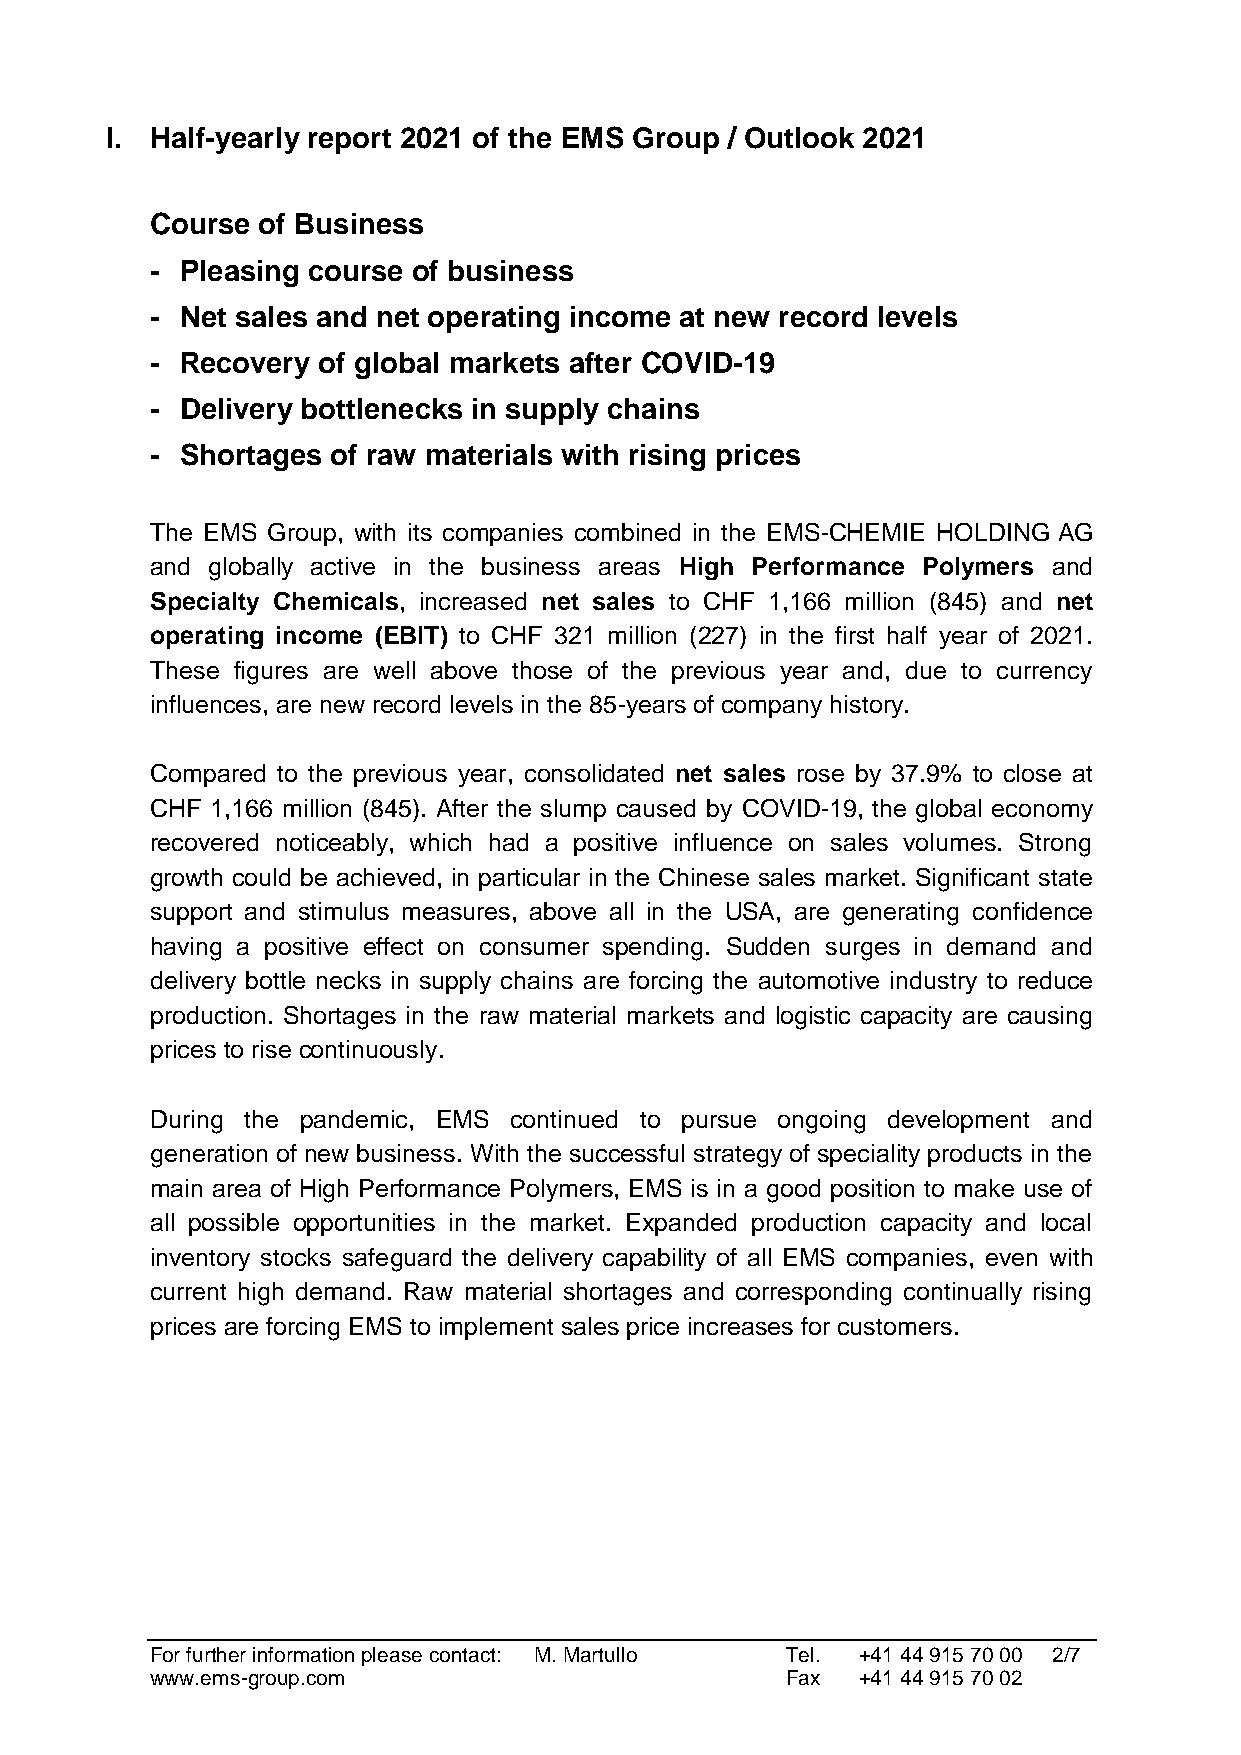
I. Half-yearly report 2021 of the EMS Group / Outlook 2021
 Course of Business
 - Pleasing course of business
 - Net sales and net operating income at new record levels
 - Recovery of global markets after COVID-19
 - Delivery bottlenecks in supply chains
 - Shortages of raw materials with rising prices
 The EMS Group, with its companies combined in the EMS-CHEMIE HOLDING AG
 and globally active in the business areas High Performance Polymers and
 Specialty Chemicals, increased net sales to CHF 1,166 million (845) and net
 operating income (EBIT) to CHF 321 million (227) in the first half year of 2021.
 These figures are well above those of the previous year and, due to currency
 influences, are new record levels in the 85-years of company history.
 Compared to the previous year, consolidated net sales rose by 37.9% to close at
 CHF 1,166 million (845). After the slump caused by COVID-19, the global economy
 recovered noticeably, which had a positive influence on sales volumes. Strong
 growth could be achieved, in particular in the Chinese sales market. Significant state
 support and stimulus measures, above all in the USA, are generating confidence
 having a positive effect on consumer spending. Sudden surges in demand and
 delivery bottle necks in supply chains are forcing the automotive industry to reduce
 production. Shortages in the raw material markets and logistic capacity are causing
 prices to rise continuously.
 During the pandemic, EMS continued to pursue ongoing development and
 generation of new business. With the successful strategy of speciality products in the
 main area of High Performance Polymers, EMS is in a good position to make use of
 all possible opportunities in the market. Expanded production capacity and local
 inventory stocks safeguard the delivery capability of all EMS companies, even with
 current high demand. Raw material shortages and corresponding continually rising
 prices are forcing EMS to implement sales price increases for customers.
 For further information please contact: M. Martullo Tel. +41 44 915 70 00 2/7
 www.ems-group.com                         Fax  +41 44 915 70 02